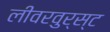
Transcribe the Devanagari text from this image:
लीवरवुर्स्ट